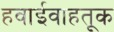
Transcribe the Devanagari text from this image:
हवाईवाहतूक